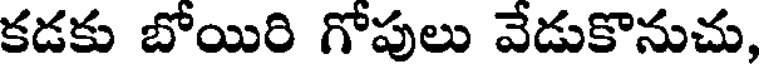
కడకు బోయిరి గోపులు వేడుకొనుచు,